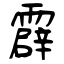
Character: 霹